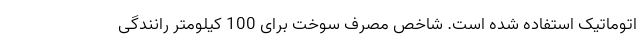
اتوماتیک استفاده شده است. شاخص مصرف سوخت برای 100 کیلومتر رانندگی